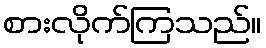
စားလိုက်ကြသည်။